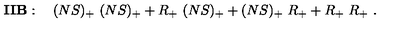
{ \bf I I B } : \quad ( N S ) _ { + } \ ( N S ) _ { + } + R _ { + } \ ( N S ) _ { + } + ( N S ) _ { + } \ R _ { + } + R _ { + } \ R _ { + } \ .